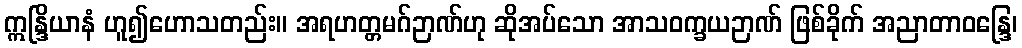
ဣန္ဒြိယာနံ ဟူ၍ဟောသတည်း။ အရဟတ္တမဂ်ဉာဏ်ဟု ဆိုအပ်သော အာသဝက္ခယဉာဏ် ဖြစ်ခိုက် အညာတာဝန္ဒြေ၊